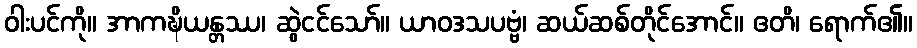
ဝါးပင်ကို။ အာကဍ္ဎိယန္တဿ၊ ဆွဲငင်သော်။ ယာဝဒသပဗ္ဗံ၊ ဆယ်ဆစ်တိုင်အောင်။ ဧတိ၊ ရောက်၏။